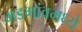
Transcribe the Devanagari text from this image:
मडगांवमध्ये